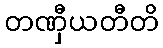
တဏှီယတီတိ